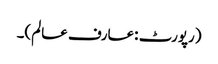
(رپورٹ :عارف عالم)۔